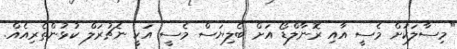
"މިސާލަކަށް މެސީ އާއި ރޮނާލްޑޯ އަށް ބެލިޔަސް މެސީ އަކީ ނެޗުރަލް ކުޅުންތެރިއެއް.